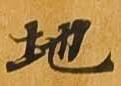
地